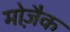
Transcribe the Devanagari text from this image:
मोजै़क